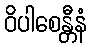
ဝိပါစေန္တီနံ